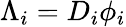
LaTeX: \Lambda_{i}=D_{i}\phi_{i}